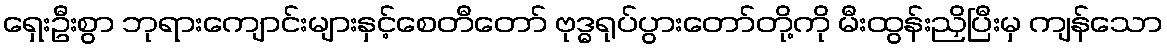
ရှေးဦးစွာ ဘုရားကျောင်းများနှင့်စေတီတော် ဗုဒ္ဓရုပ်ပွားတော်တို့ကို မီးထွန်းညှိပြီးမှ ကျန်သော